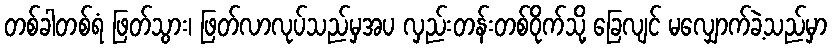
တစ်ခါတစ်ရံ ဖြတ်သွား၊ ဖြတ်လာလုပ်သည်မှအပ လှည်းတန်းတစ်ဝိုက်သို့ ခြေလျင် မလျှောက်ခဲ့သည်မှာ